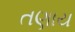
તણાય